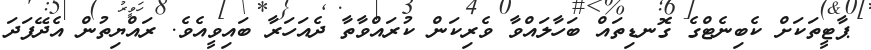
ޕާޓީތަކަށް ކެބިނެޓްގެ ގޮނޑިތައް ބަހާލައްވާ ވެރިކަން ކުރައްވާތާ ދެއަހަރާ ބައިވީއެވެ. ރައްޔިތުން އެދޭފަދަ